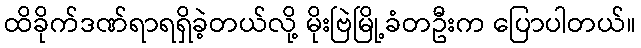
ထိခိုက်ဒဏ်ရာရရှိခဲ့တယ်လို့ မိုးဗြဲမြို့ခံတဦးက ပြောပါတယ်။